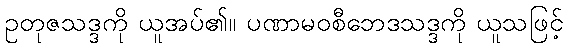
ဥတုဇသဒ္ဒကို ယူအပ်၏။ ပဏာမဝစီဘေဒသဒ္ဒကို ယူသဖြင့်